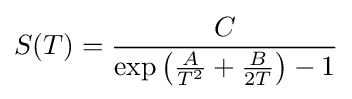
S(T)={\frac {C}{\exp \left({\frac {A}{T^{2}}}+{\frac {B}{2T}}\right)-1}}